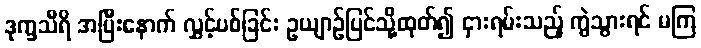
ဒုက္ခသီရိ အပြီးနောက် လွှင့်ပစ်ခြင်း ဥယျာဉ်ပြင်သို့ထုတ်၍ ငှားရမ်းသည့် ကွဲသွားရင် မကြ